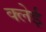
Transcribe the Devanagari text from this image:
क्लेई